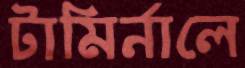
টামির্নালে